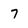
Character: 7